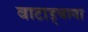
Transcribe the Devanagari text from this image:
वाटाड्याना